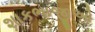
શાકભાજીઓ